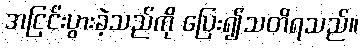
အငြင်းပွားခဲ့သည်ကို ပြေး၍သတိရသည်။